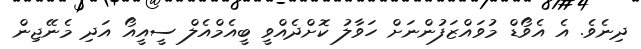
ދިނެވެ. އެ އެވޯޑް މުވައްޒަފުންނަށް ހަވާލު ކޮށްދެއްވީ ބީއެމްއެލް ސީއީއޯ އަދި މެނޭޖިން